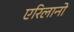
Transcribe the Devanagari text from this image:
एरिलानो